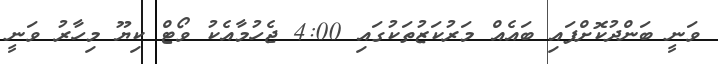
ވަނީ ބަންދުކޮށްފައި ބައެއް މަރުކަޒުތަކުގައި 4:00 ޖެހުމާއެކު ވޯޓް ކިޔޫ މިހާރު ވަނީ